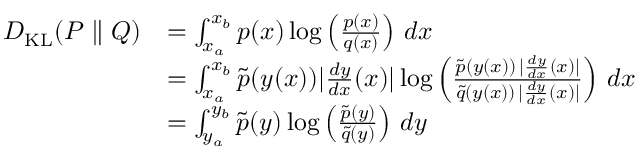
{ \begin{array} { r l } { D _ { \mathrm { K L } } ( P \parallel Q ) } & { = \int _ { x _ { a } } ^ { x _ { b } } p ( x ) \log \left( { \frac { p ( x ) } { q ( x ) } } \right) \, d x } \\ & { = \int _ { x _ { a } } ^ { x _ { b } } { \tilde { p } } ( y ( x ) ) | { \frac { d y } { d x } } ( x ) | \log \left( { \frac { { \tilde { p } } ( y ( x ) ) \, | { \frac { d y } { d x } } ( x ) | } { { \tilde { q } } ( y ( x ) ) \, | { \frac { d y } { d x } } ( x ) | } } \right) \, d x } \\ & { = \int _ { y _ { a } } ^ { y _ { b } } { \tilde { p } } ( y ) \log \left( { \frac { { \tilde { p } } ( y ) } { { \tilde { q } } ( y ) } } \right) \, d y } \end{array} }